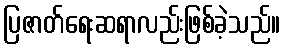
ပြဇာတ်ရေးဆရာလည်းဖြစ်ခဲ့သည်။